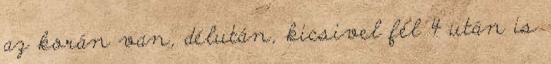
az korán van, délután, kicsivel fél 4 után is